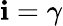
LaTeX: \mathbf{i}=\gamma